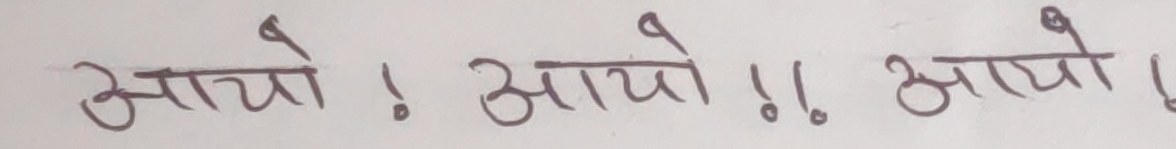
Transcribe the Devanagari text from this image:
आयो ! आयो !! आयो !